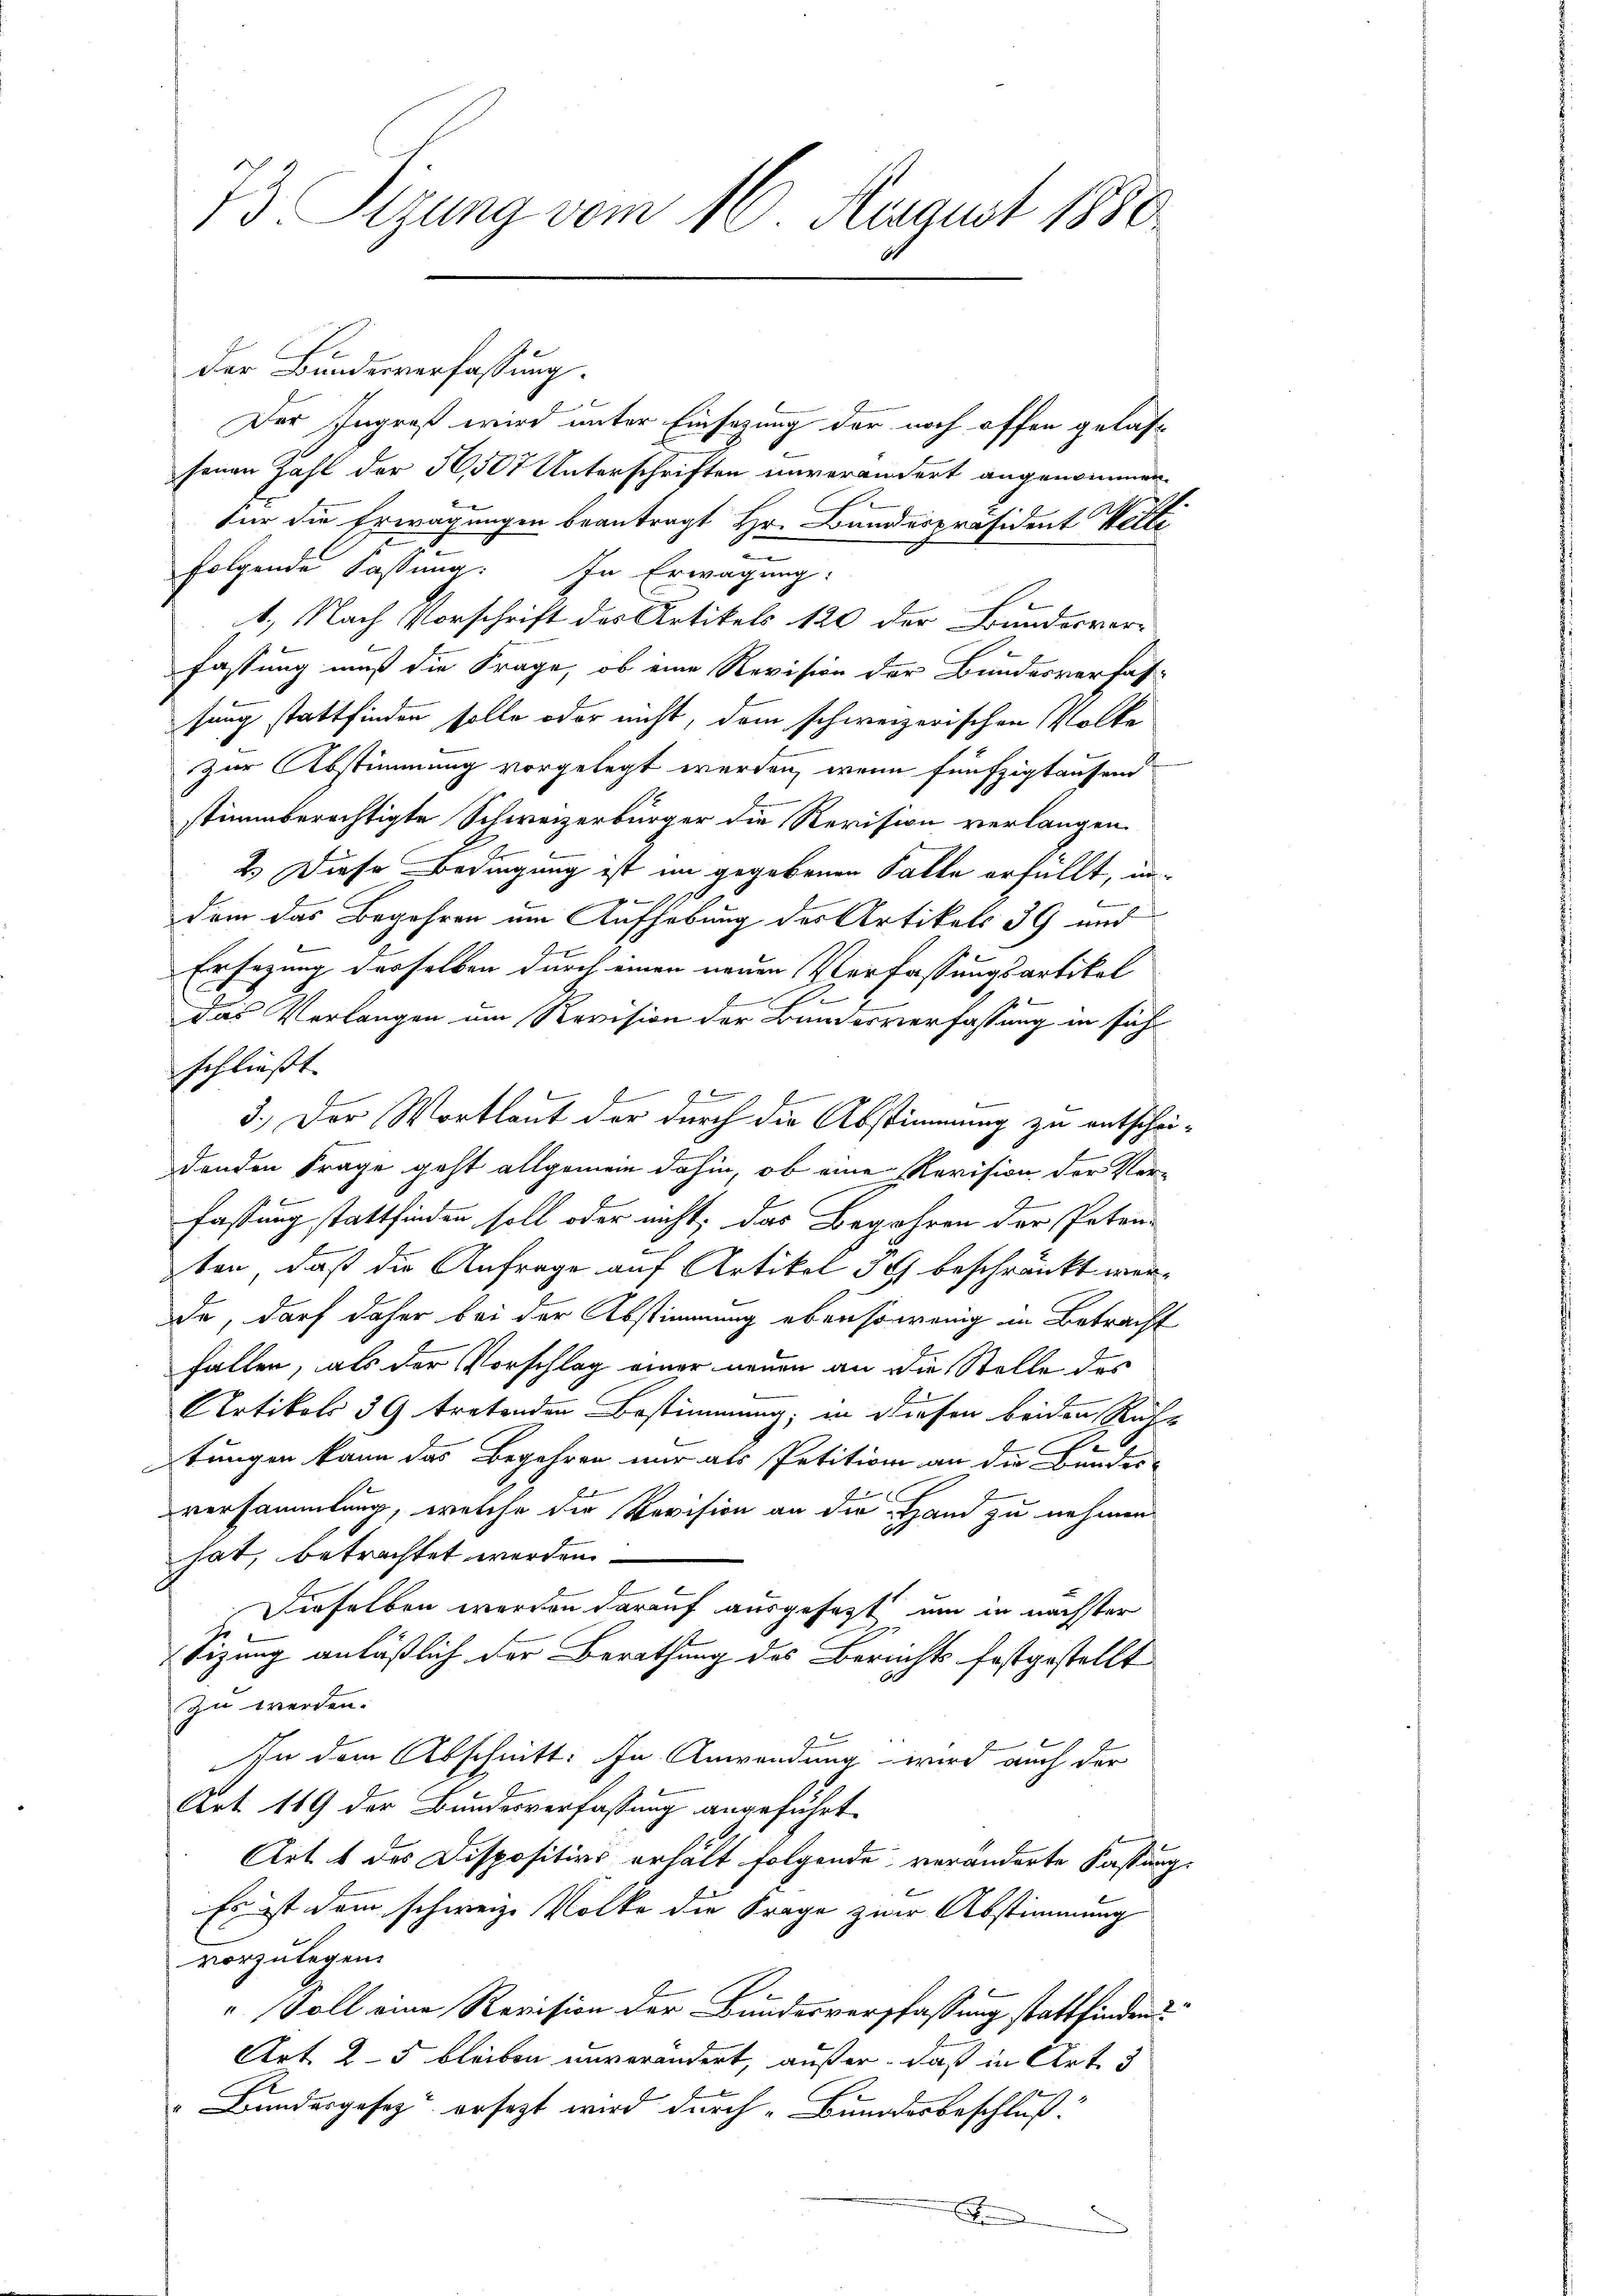
73. Sizung vom 16. August 1880

der Bundesverfassung.

Der Ingroß wird unter Einsazung der noch offen gelasfenen Zahl der 50, 507 Unterschriften unverändert angenommen.
für die Erwägungen beantragt Hr. Bunderpräsident Welti
folgende Fassung. In Erwägung:
1., Nach Vorschrift des Artikels 120 der Bundesvor-
fassung muß die Frage, ob eine Revision der Bundesverfas-
fung stattfinden solle oder nicht, dem schweizerischen Volke
zur Abstimmung vorgelegt werden, wenn fünfzigtausend
stimmberechtigte Schweizerbürger die Revision verlangen.
2.) Diese Bedingung ist im gegebenen Falle erfüllt, in
9
dem das Begehren um Aufhebung des Artikels 39 und
Ersezung desselben durch einen neuen Verfassungsartikal
emnach
das Verlangen um Revision der Bundesverfassung in sich
schließt.

f
3.) Der Wortlaut der durch die Abstimmung zu entschridenden Frage geht allgemein dahin, ob eine Revision der Verfassung stattfinden soll oder nicht, das Begehren der Poten-
ten, daß die Anfrage auf Artikel 3 beschränkt werde, darf daher bei der Abstimmung ebenso wenig in Betracht
fallen, als der Vorschlag einer neuen an die Stelle des
Artikels 3 G tretenden Bestimmung, in diesen beiden Rich-
se
tungen kann das Begehren nur als Petition an die Bundes-
E
versammlung, welche die Revision an die Hand zu nehmen
hat, betrachtet werden.
Dieselben werden darauf ausgesagt, um in nächster
Sizung anläßlich der Berathung des Berichts festgestellt
zu werden.
In dem Abschnitt. In Anwendung wird auch der
Art. 119 der Bundesverfassung angeführt.
Art. 4 des Dispositivs erhält folgende veränderte Fassung
Es ist dem schweize Volke die Frage zwar Abstimmung
vorzulegen.
" Soll eine Revision der Bundesversfassung stattfinden
Art 2–5 bleiben unverändert, außer, daß in Art. 3
Bundesgesetz ersezt wird durch Bundesbeschluß.
E